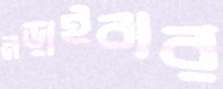
নড়াইবার